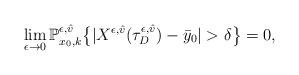
LaTeX: \begin{align*} \lim_{\epsilon \rightarrow 0} \mathbb{P}_{x_0, k}^{\epsilon,\hat{v}} \bigl \{ \vert X^{\epsilon,\hat{v}}(\tau_{D}^{\epsilon,\hat{v}}) - \bar{y}_0 \vert > \delta \bigr\} = 0, \end{align*}